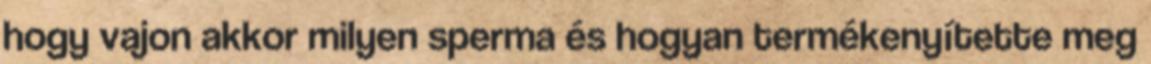
hogy vajon akkor milyen sperma és hogyan termékenyítette meg